Vaccination in Burma 1912-1922 - 1912-1922
Year: 1912
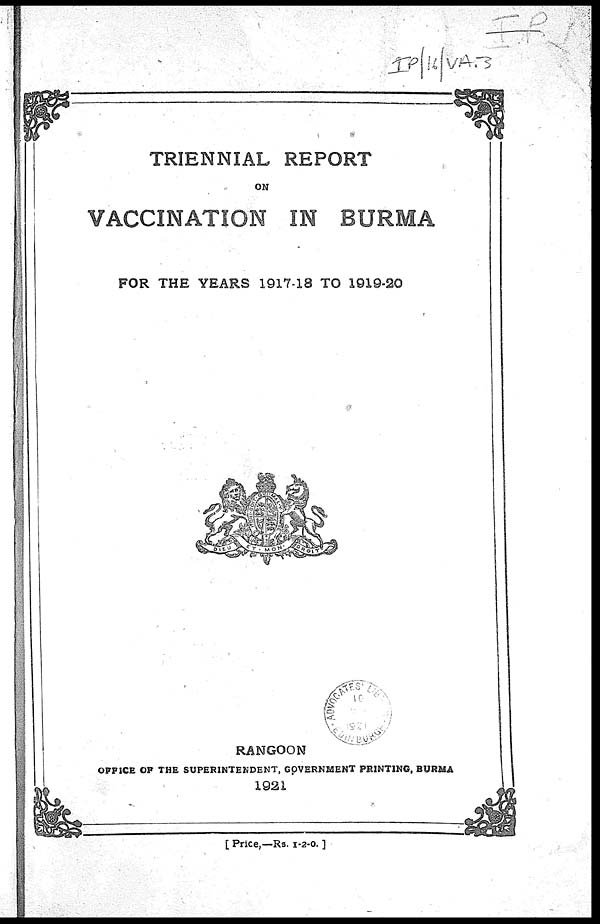
TRIENNIAL REPORT
ON
VACCINATION IN BURMA
FOR THE YEARS 1917-18 TO 1919-20
RANGOON
OFFICE OF THE SUPERINTENDENT, GOVERNMENT PRINTING, BURMA
1921
[ Price,—Rs. 1-2-0. ]